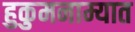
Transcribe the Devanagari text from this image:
हुकुमनाम्यात